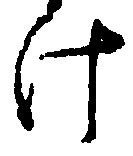
け